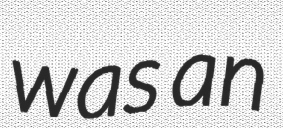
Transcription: was an